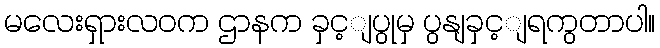
မလေးရှားလဝက ဌာနက ခှင့ျပွုမှ ပွနျခှင့ျရကွတာပါ။